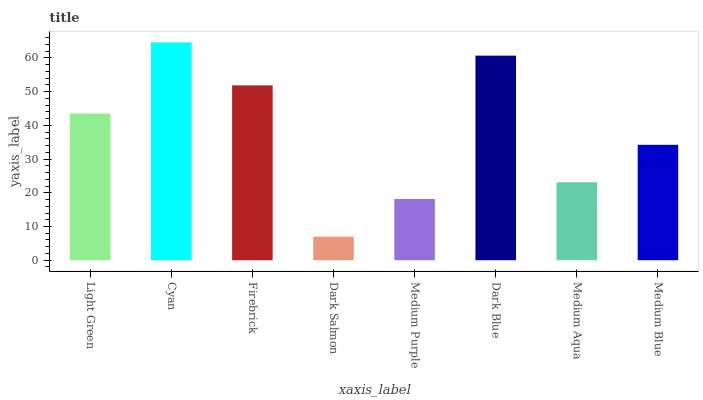
| xaxis_label | bars |
 | --- | --- |
 | Light Green | 43.5 |
 | Cyan | 64.6 |
 | Firebrick | 51.9 |
 | Dark Salmon | 6.98 |
 | Medium Purple | 18.2 |
 | Dark Blue | 60.7 |
 | Medium Aqua | 23.1 |
 | Medium Blue | 34.2 |